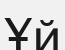
Ұй